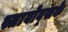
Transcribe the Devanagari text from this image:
स्तावोव्सके